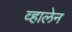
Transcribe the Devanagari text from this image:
व्हालेन